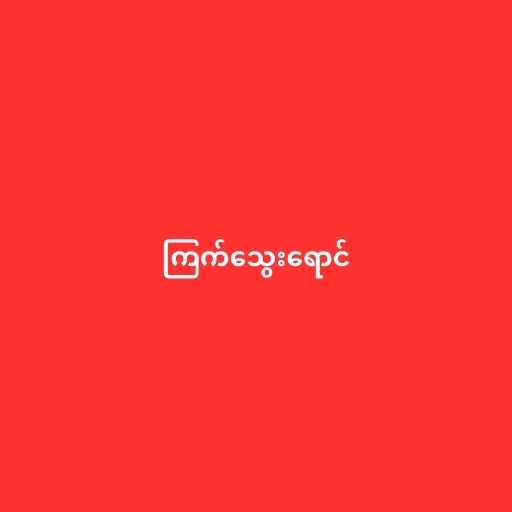
ကြက်သွေးရောင်